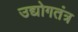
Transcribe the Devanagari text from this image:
उद्योगतंत्र